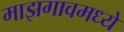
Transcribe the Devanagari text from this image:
माझगावमध्ये